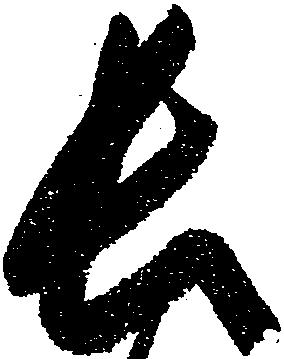
長